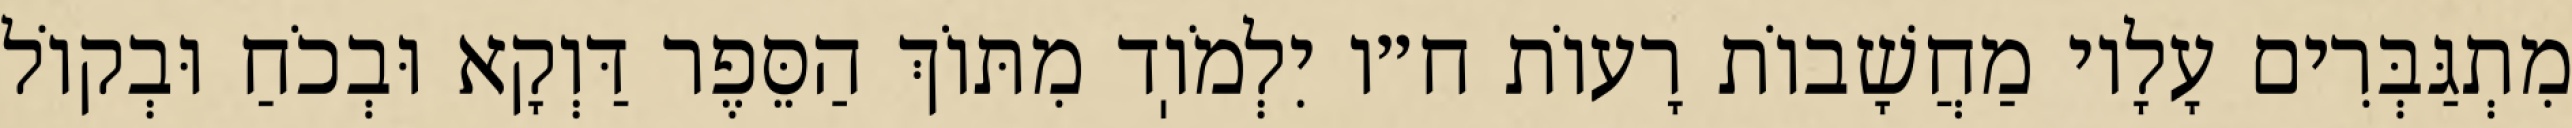
מִתְגַּבְּרִים עָלָיו מַחֲשָׁבוֹת רָעוֹת ח״ו יִלְמֹוֽד מִתּוֹךְ הַסֵּפֶר דַּוְקָא וּבְכֹחַ וּבְקוֹל